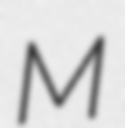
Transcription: M